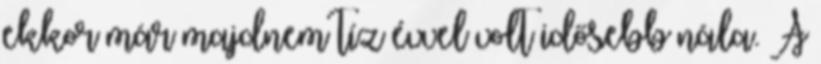
ekkor már majdnem tíz évvel volt idősebb nála. A